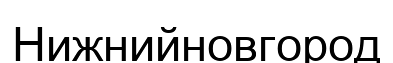
Нижнийновгород